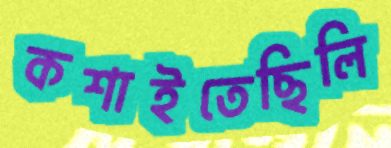
কশাইতেছিলি